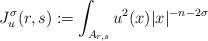
LaTeX: \begin{align*} J^{\sigma}_u(r, s):= \int_{A_{r, s}} u^2(x)|x|^{-n-2\sigma} \end{align*}